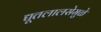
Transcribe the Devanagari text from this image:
द्यूतलालसेमुळे